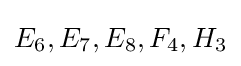
E_{6},E_{7},E_{8},F_{4},H_{3}